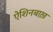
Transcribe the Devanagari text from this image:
ऐशिनबाख़